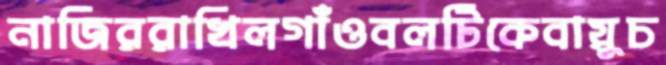
নাজিররাখিলগাঁওবলটিকেবায়ুচ